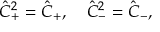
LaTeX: \hat { C } _ { + } ^ { 2 } = \hat { C } _ { + } , \quad \hat { C } _ { - } ^ { 2 } = \hat { C } _ { - } ,